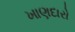
ખાણદારો